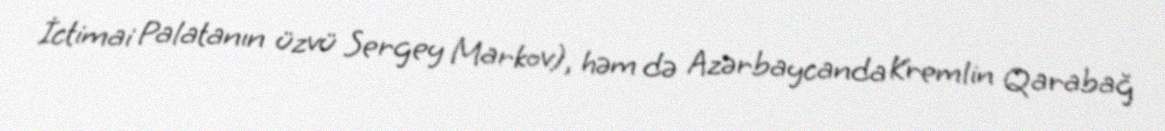
İctimai Palatanın üzvü Sergey Markov), həm də Azərbaycanda Kremlin Qarabağ